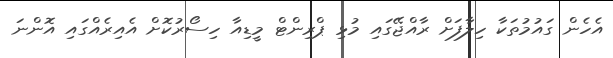
އެހެން ގައުމުތަކާ ހިލާފަށް ރާއްޖޭގައި މުޅި ޕްރިންޓް މީޑިއާ ހިސޯރުކޮށް އެއިރެއްގައި އޮންނަ